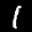
Label: 1